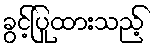
ခွင့်ပြုထားသည့်